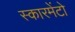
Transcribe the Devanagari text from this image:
स्कारमेंटो